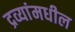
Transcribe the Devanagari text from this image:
द्रव्यांमधील